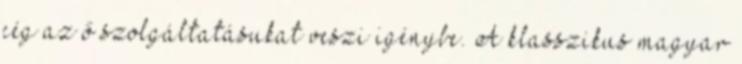
cég az ő szolgáltatásukat veszi igénybe. A klasszikus magyar